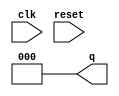
module up_counter(q,clk,reset);
output [2:0]q=3'b000;
reg[2:0]q;
input clk,reset;
always @(posedge clk)
begin
if(reset)
 q=3'b000;
else
 q=q+1;
end
endmodule